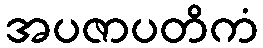
အပဇာပတိကံ